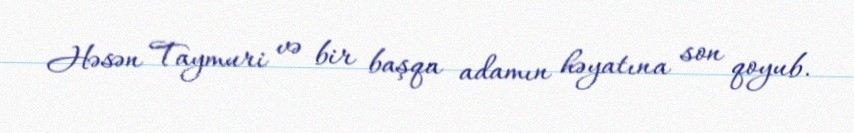
Həsən Taymuri və bir başqa adamın həyatına son qoyub.